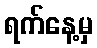
ရက်နေ့မှ